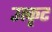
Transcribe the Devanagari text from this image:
उत्कृट